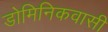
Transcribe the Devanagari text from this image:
डोमिनिकवासी